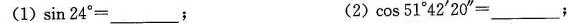
(1) \sin 24^{\circ} =___; (2) \cos 51^{\circ} 42'20''=___;